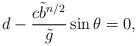
LaTeX: \begin{align*}d - \frac{c{\tilde b}^{n/2}}{\tilde g} \sin\theta =0,\end{align*}